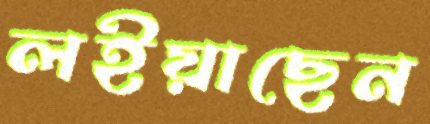
লইয়াছেন